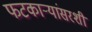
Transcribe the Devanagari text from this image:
फटकाऱ्यांसरशी